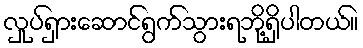
လှုပ်ရှားဆောင်ရွက်သွားရဘို့ရှိပါတယ်။